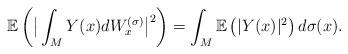
LaTeX: \begin{align*}\mathbb E\left(\big|\int_M Y(x)dW_x^{(\sigma)}\big|^2\right)=\int_M\mathbb E\left(|Y(x)|^2\right)d\sigma(x).\end{align*}